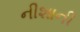
નીશાની